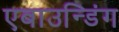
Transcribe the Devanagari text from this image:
एबाउन्डिंग